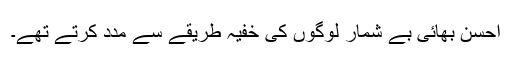
احسن بھائی بے شمار لوگوں کی خفیہ طریقے سے مدد کرتے تھے۔